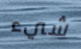
شيء